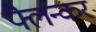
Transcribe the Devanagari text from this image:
फ्लैन्कर